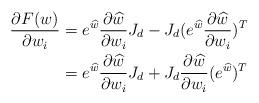
LaTeX: \begin{align*} \frac{\partial F(w)}{\partial w_i} &= e^{\widehat{w}} \frac{\partial \widehat{w}}{\partial w_i} J_d-J_d (e^{\widehat{w}}\frac{\partial \widehat{w}}{\partial w_i})^T \\ &= e^{\widehat{w}} \frac{\partial \widehat{w}}{\partial w_i} J_d+J_d \frac{\partial \widehat{w}}{\partial w_i}(e^{\widehat{w}})^T \end{align*}